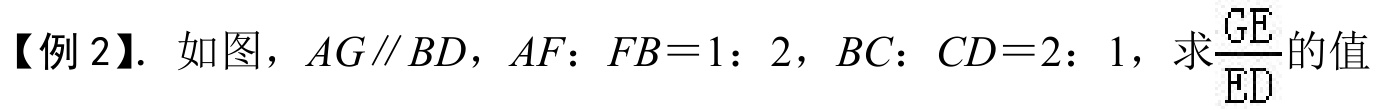
【例 2】. 如图，\(AG\parallel BD\)，\(AF：FB = 1：2\)，\(BC：CD = 2：1\)，求\(\frac{GE}{ED}\)的值